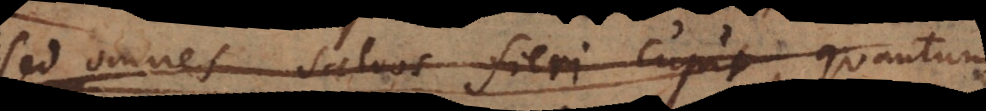
sed omnes salvos fieri cupi